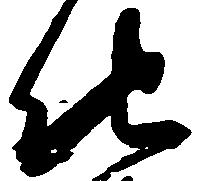
他